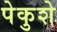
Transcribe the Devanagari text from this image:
पेकुशे